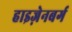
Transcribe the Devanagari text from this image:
हाइज़ेनबर्ग